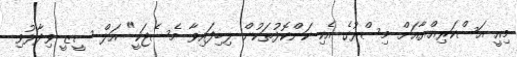
މިއީ އަސްކަރިއްޔާއަށް މިސްރުގެ އެކި ކަންކޮޅުތަކުން ލިބިފައިވާ މެސެޖަކީ" އަލް ސީޒީ ވިދާޅުވި